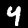
Digit: 4